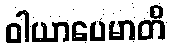
ဝါယာပေမာတိ